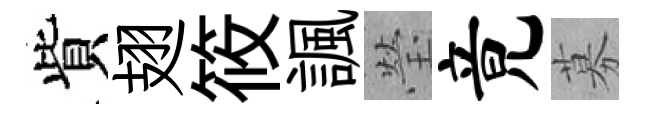
貲翅筱諷瑩竟募